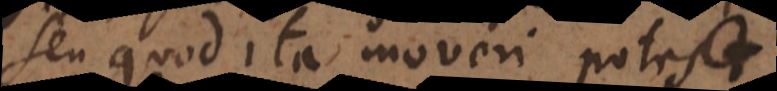
seu quod ita moveri potest,